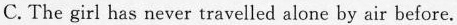
C. The girl has never travelled aione by air before.